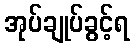
အုပ်ချုပ်ခွင့်ရ